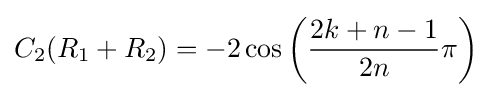
C_{2}(R_{1}+R_{2})=-2\cos \left({\frac {2k+n-1}{2n}}\pi \right)